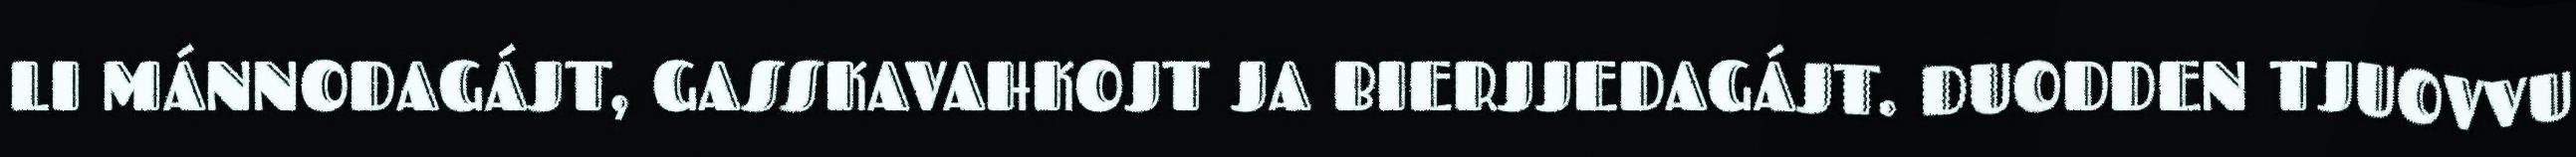
LI MÁNNODAGÁJT, GASSKAVAHKOJT JA BIERJJEDAGÁJT. DUODDEN TJUOVVU